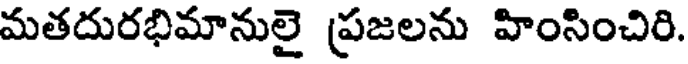
మతదురభిమానులై ప్రజలను హింసించిరి.